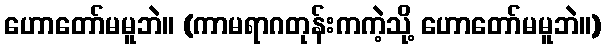
ဟောတော်မမူဘဲ။ (ကာမရာဂတုန်းကကဲ့သို့ ဟောတော်မမူဘဲ။)